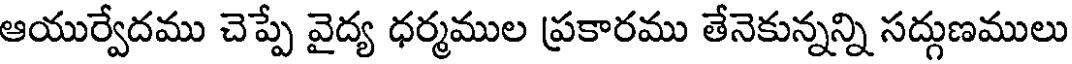
ఆయుర్వేదము చెప్పే వైద్య ధర్మముల ప్రకారము తేనెకున్నన్ని సద్గుణములు